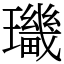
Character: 㼄